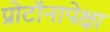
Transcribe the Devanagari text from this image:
प्रोटॉनापेक्षा